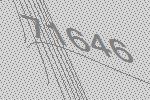
71646